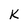
Character: K